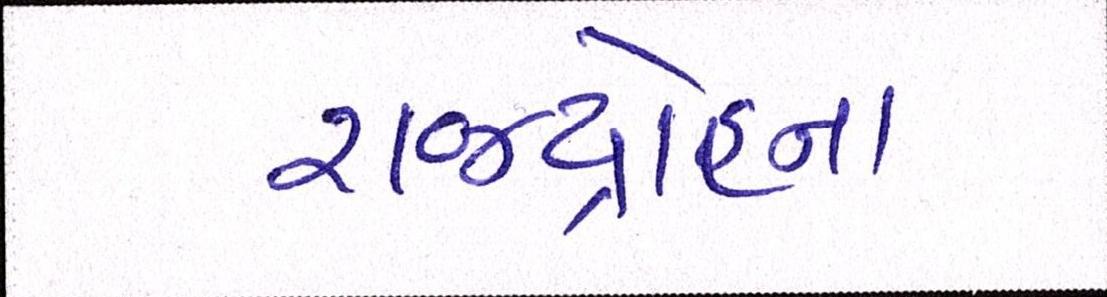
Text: રાજદ્રોહના